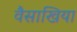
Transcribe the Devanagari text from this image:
वैसाखिया